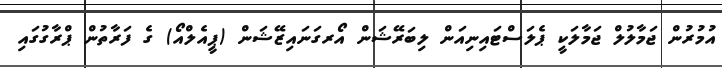
އުމުރުން ޖަމާލުލް ޖަމާލަކީ ޕެލަސްޓައިނިއަން ލިބަރޭޝަން އޯރގަނައިޒޭޝަން (ޕީއެލްއޯ) ގެ ފަރާތުން ޕްރާގުގައި